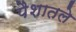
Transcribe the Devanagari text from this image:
पैशातले